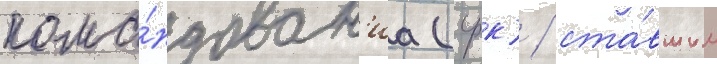
кома́ндован'иа (срк) / ста́вшим